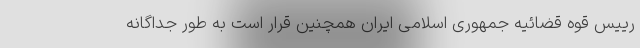
رییس قوه قضائیه جمهوری اسلامی ایران همچنین قرار است به طور جداگانه